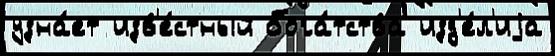
узна́ет изв'е́стный бога́тства изд'е́л'иjа